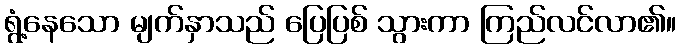
ရွံ့နေသော မျက်နှာသည် ပြေပြစ် သွားကာ ကြည်လင်လာ၏။